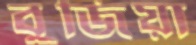
বুজিয়া